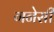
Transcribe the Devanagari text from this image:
गनेसी